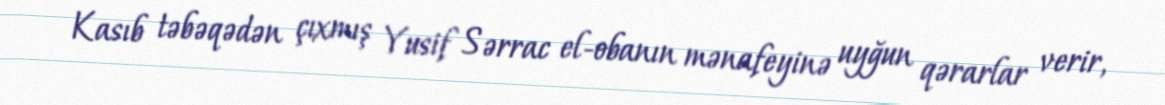
Kasıb təbəqədən çıxmış Yusif Sərrac el-obanın mənafeyinə uyğun qərarlar verir,